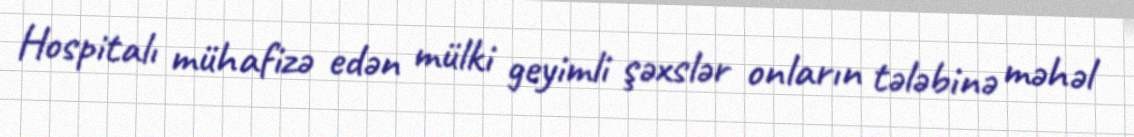
Hospitalı mühafizə edən mülki geyimli şəxslər onların tələbinə məhəl